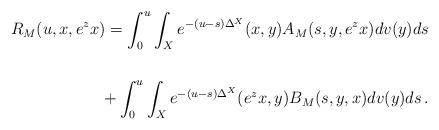
LaTeX: \begin{align*} R_M(u, x, e^{z}x) = \int_0^u \int_{X} e^{-(u -s)\Delta^X}( x, y) A_M(s,y , e^{z} x) dv (y) ds\\ \\ + \int_0^u \int_X e^{-(u - s) \Delta^X}( e^z x, y) B_M(s, y, x) dv (y) ds\,. \end{align*}